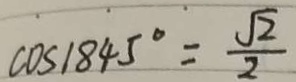
\cos 1 8 4 5 ^ { \circ } = \frac { \sqrt { 2 } } { 2 }